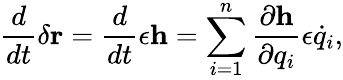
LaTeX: {\frac{d}{dt}}\delta\mathbf{r}={\frac{d}{dt}}\epsilon\mathbf{h}=\sum_{i=1}^{n}{\frac{\partial\mathbf{h}}{\partial q_{i}}}\epsilon{\dot{q}}_{i},